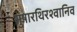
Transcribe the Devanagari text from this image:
सुषारथिरश्वानिव